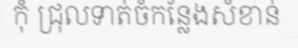
កុំ ជ្រុលទាត់ចំកន្លែងសំខាន់